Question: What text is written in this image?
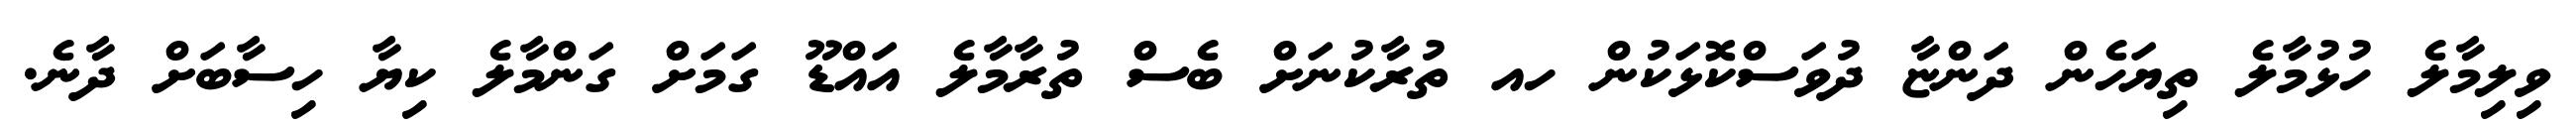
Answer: ވިލިމާލެ ހުޅުމާލެ ތިޔަހެން ދަންޏާ ދުވަސްކޮޅަކުން ހއ ތުރާކުނަށް ބެސް ތުރާމާލެ އައްޑޫ ގަމަށް ގަންމާލެ ކިޔާ ހިސާބަށް ދާނެ.